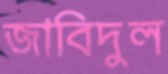
জাবিদুল